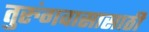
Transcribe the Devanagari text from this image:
तुरुंगवासासाठी